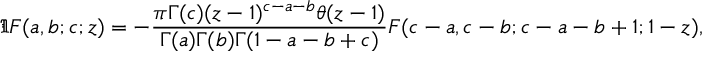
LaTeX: \Im F ( a , b ; c ; z ) = - \frac { \pi \Gamma ( c ) ( z - 1 ) ^ { c - a - b } \theta ( z - 1 ) } { \Gamma ( a ) \Gamma ( b ) \Gamma ( 1 - a - b + c ) } F ( c - a , c - b ; c - a - b + 1 ; 1 - z ) ,